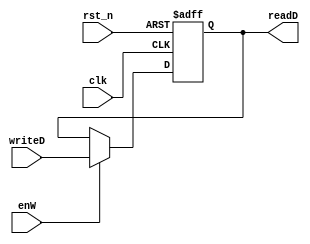
module PC(
  input wire          clk,
  input wire          rst_n,
  input wire          enW,
  input wire [7 : 0] writeD,
  output reg [7 : 0] readD
);

always @(posedge clk, negedge rst_n) begin
  if(~rst_n) begin
    readD <= 8'b0;
  end else begin
    if(enW)
      readD <= writeD;
  end
end

endmodule